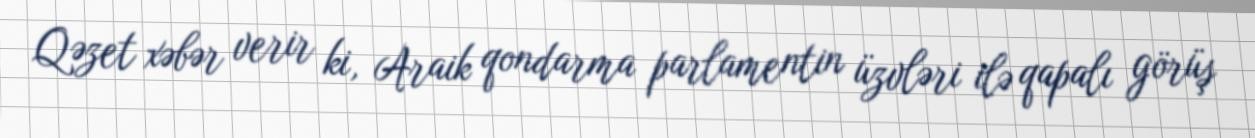
Qəzet xəbər verir ki, Araik qondarma parlamentin üzvləri ilə qapalı görüş